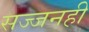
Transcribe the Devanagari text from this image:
सज्जनही